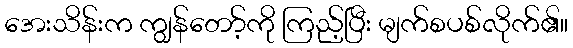
အေးသိန်းက ကျွန်တော့်ကို ကြည့်ပြီး မျက်စပစ်လိုက်၏။